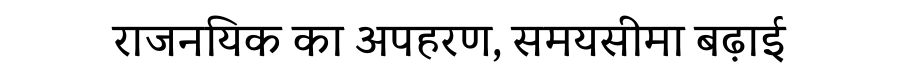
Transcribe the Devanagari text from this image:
राजनयिक का अपहरण, समयसीमा बढ़ाई